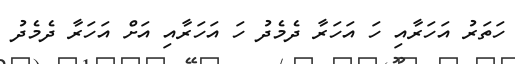
ހަތަރު އަހަރާއި ހަ އަހަރާ ދެމެދު ހަ އަހަރާއި އަށް އަހަރާ ދެމެދު